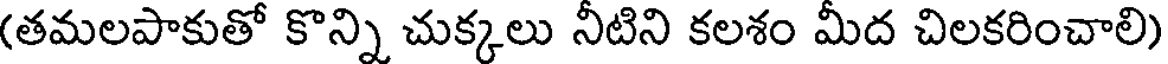
(తమలపాకుతో కొన్ని చుక్కలు నీటిని కలశం మీద చిలకరించాలి)